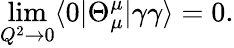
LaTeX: \operatorname*{lim}_{Q^{2}\to 0}\langle 0|\Theta_{\mu}^{\mu}|\gamma\gamma\rangle=0.